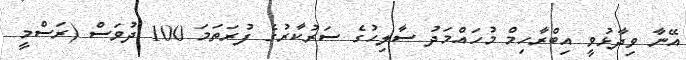
އޭނާ ވިދާޅުވީ އިބްރާހިމް މުހައްމަދު ސާލިހުގެ ސަރުކާރުގެ ފުރަތަމަ 100 ދުވަސް (ރަސްމީ